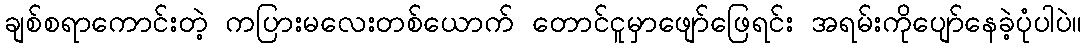
ချစ်စရာကောင်းတဲ့ ကပြားမလေးတစ်ယောက် တောင်ငူမှာဖျော်ဖြေရင်း အရမ်းကိုပျော်နေခဲ့ပုံပါပဲ။